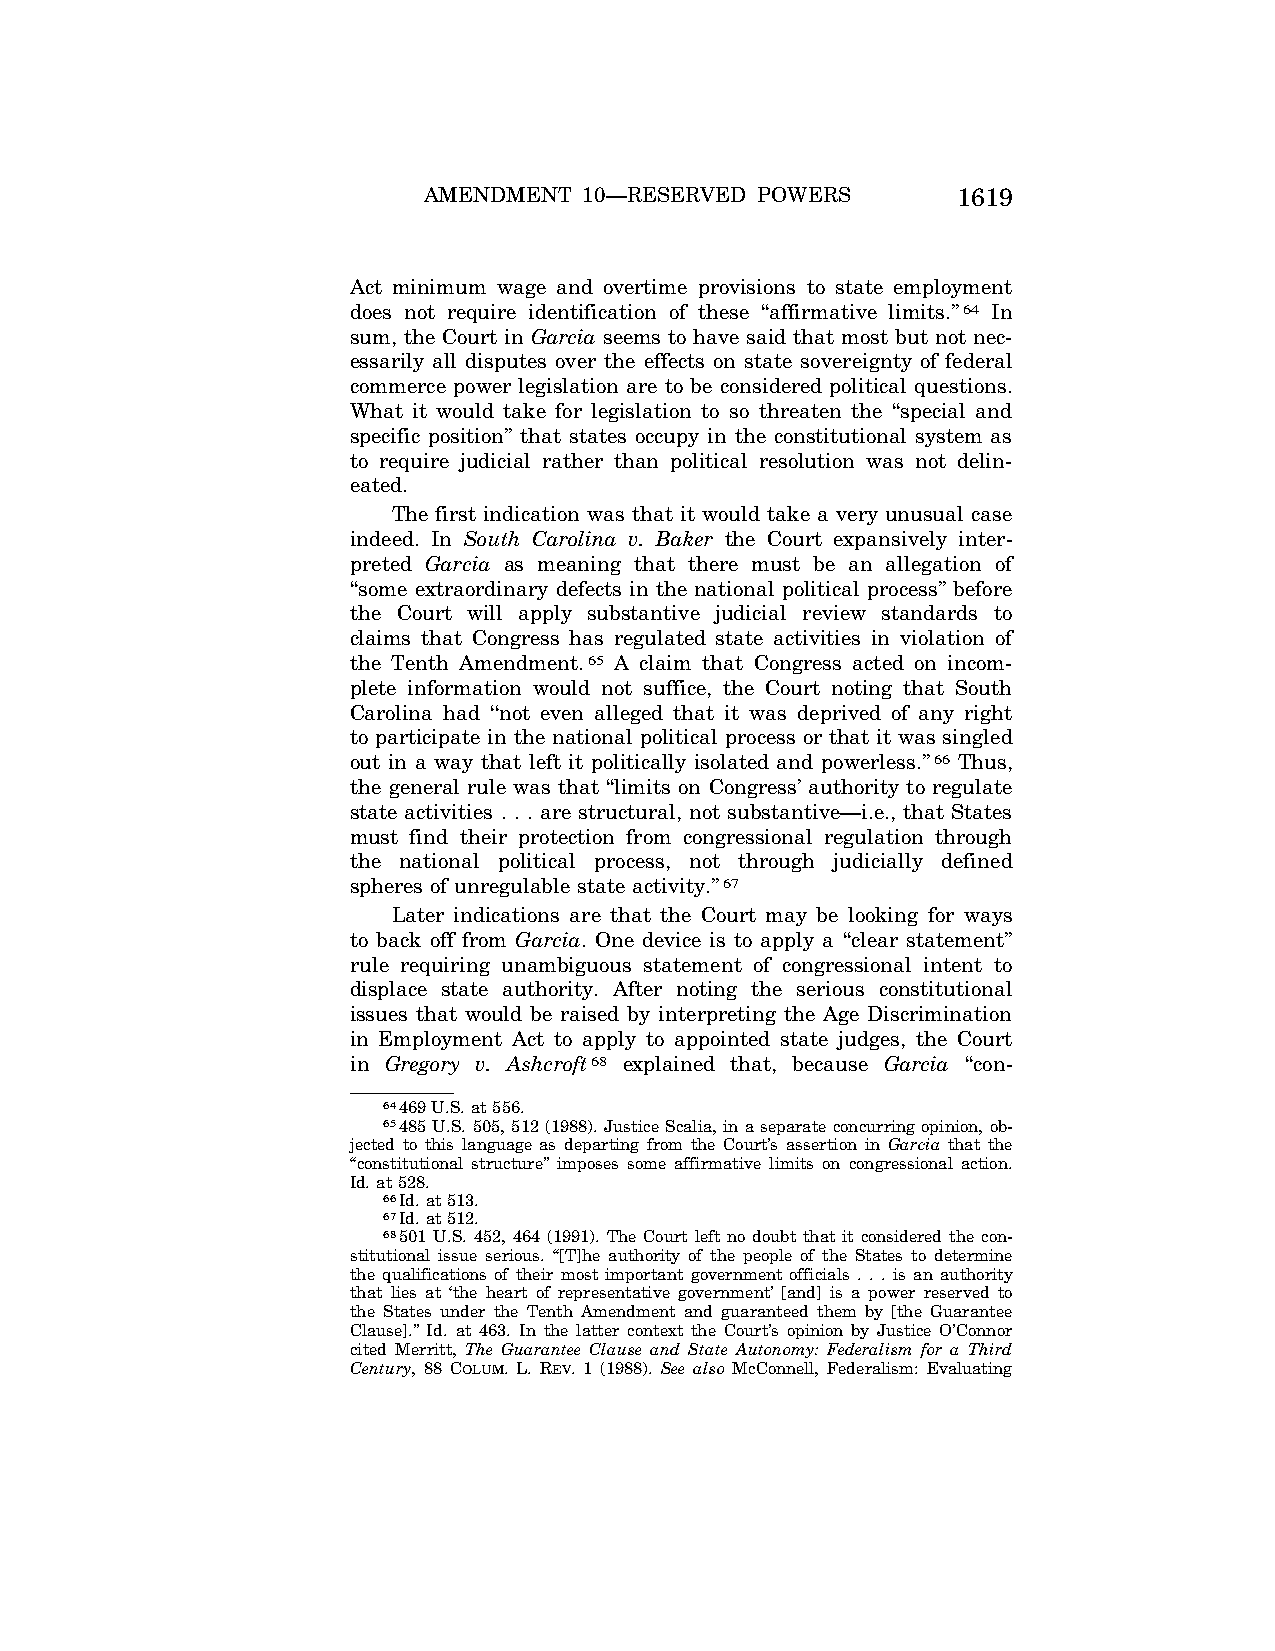
AMENDMENT  10—RESERVED POWERS      1619
 Act minimum wage and overtime provisions to state employment
 does not require identification of these ‘‘affirmative limits.’’64 In
 sum, the Court in Garcia seems to have said that most but not nec-
 essarily all disputes over the effects on state sovereignty of federal
 commerce power legislation are to be considered political questions.
 What it would take for legislation to so threaten the ‘‘special and
 specific position’’ that states occupy in the constitutional system as
 to require judicial rather than political resolution was not delin-
 eated.
 The first indication was that it would take a very unusual case
 indeed. In South Carolina v. Baker the Court expansively inter-
 preted Garcia as meaning that there must be an allegation of
 ‘‘some extraordinary defects in the national political process’’ before
 the Court will apply substantive judicial review standards to
 claims that Congress has regulated state activities in violation of
 the Tenth Amendment.65 A claim that Congress acted on incom-
 plete information would not suffice, the Court noting that South
 Carolina had ‘‘not even alleged that it was deprived of any right
 to participate in the national political process or that it was singled
 out in a way that left it politically isolated and powerless.’’66 Thus,
 the general rule was that ‘‘limits on Congress’ authority to regulate
 state activities . . . are structural, not substantive—i.e., that States
 must find their protection from congressional regulation through
 the national political process, not through judicially defined
 spheres of unregulable state activity.’’67
 Later indications are that the Court may be looking for ways
 to back off from Garcia. One device is to apply a ‘‘clear statement’’
 rule requiring unambiguous statement of congressional intent to
 displace state authority. After noting the serious constitutional
 issues that would be raised by interpreting the Age Discrimination
 in Employment Act to apply to appointed state judges, the Court
 in Gregory v. Ashcroft68 explained that, because Garcia ‘‘con-
 64469 U.S. at 556.
 65485 U.S. 505, 512 (1988). Justice Scalia, in a separate concurring opinion, ob-
 jected to this language as departing from the Court’s assertion in Garcia that the
 ‘‘constitutional structure’’ imposes some affirmative limits on congressional action.
 Id. at 528.
 66Id. at 513.
 67Id. at 512.
 68501 U.S. 452, 464 (1991). The Court left no doubt that it considered the con-
 stitutional issue serious. ‘‘[T]he authority of the people of the States to determine
 the qualifications of their most important government officials . . . is an authority
 that lies at ‘the heart of representative government’ [and] is a power reserved to
 the States under the Tenth Amendment and guaranteed them by [the Guarantee
 Clause].’’ Id. at 463. In the latter context the Court’s opinion by Justice O’Connor
 cited Merritt, The Guarantee Clause and State Autonomy: Federalism for a Third
 Century, 88 COLUM. L. REV. 1 (1988). See also McConnell, Federalism: Evaluating
 VerDate Apr<15>2004 13:50 Jun 25, 2004 Jkt 077500 PO 00000 Frm 00009 Fmt 8222 Sfmt 8222 C:\CONAN\CON039.SGM PRFM99 PsN: CON039